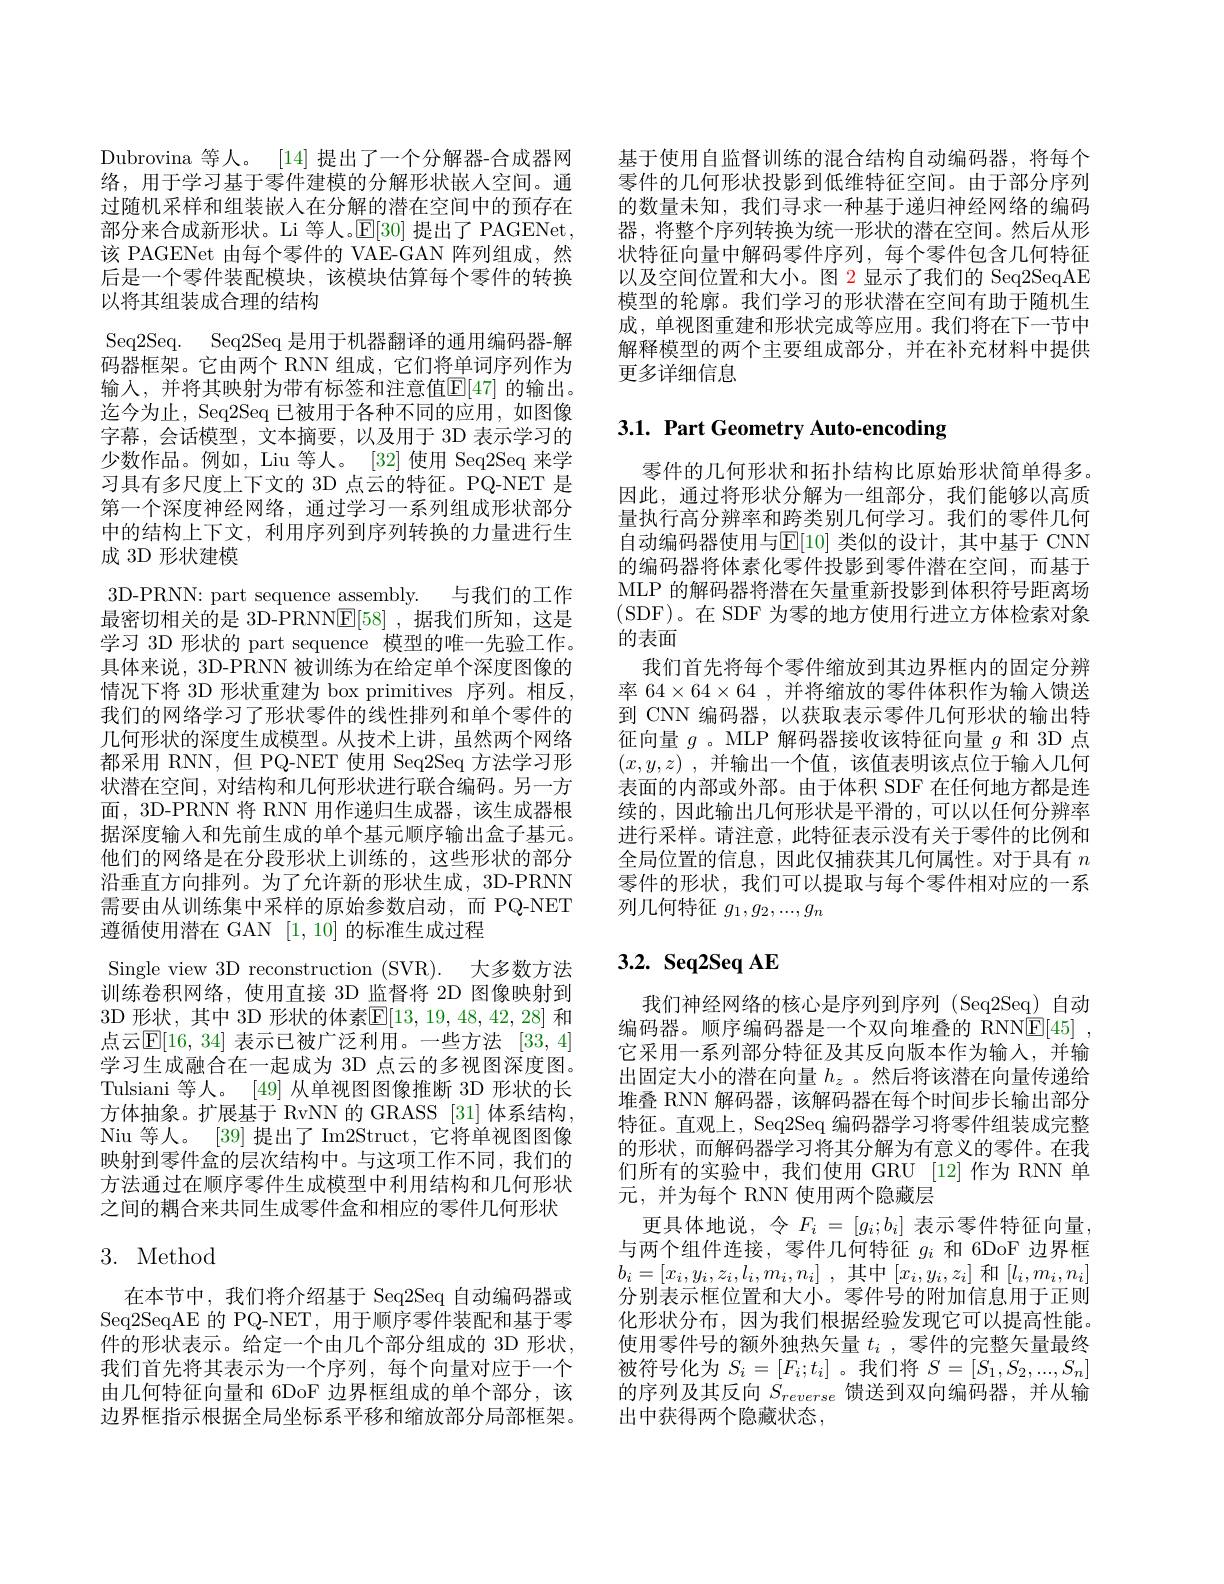
Dubrovina 等人。[14]提出了一个分解器-合成器网络，用于学习基于零件建模的分解形状嵌人空间。通过随机采样和组装嵌入在分解的潜在空间中的预存在部分来合成新形状。Li 等人。$\mathbb{E}[30]$提出了 PAGENet, 该 PAGENet 由每个零件的 VAE-GAN 阵列组成，然后是一个零件装配模块，该模块估算每个零件的转换以将其组装成合理的结构
Seq2Seq. Seq2Seq 是用于机器翻译的通用编码器-解码器框架。它由两个 RNN 组成，它们将单词序列作为输入，并将其映射为带有标签和注意值[E[47]的输出。迄今为止，Seq2Seq 已被用于各种不同的应用，如图像字幕，会话模型，文本摘要，以及用于 3D 表示学习的少数作品。例如，Liu 等人。[32] 使用 Seq2Seq 来学习具有多尺度上下文的 3D 点云的特征。PQ-NET 是第一个深度神经网络，通过学习一系列组成形状部分中的结构上下文，利用序列到序列转换的力量进行生成 3D 形状建模
3D-PRNN: part sequence assembly. 与我们的工作最密切相关的是 3D-PRNN$\mathbb{E}[58]$ ,据我们所知，这是学习 3D 形状的 part sequence 模型的唯一先验工作。具体来说，3D-PRNN 被训练为在给定单个深度图像的情况下将 3D 形状重建为 box primitives 序列。相反， 我们的网络学习了形状零件的线性排列和单个零件的几何形状的深度生成模型。从技术上讲，虽然两个网络都采用 RNN,但 PQ-NET 使用 Seq2Seq 方法学习形状潜在空间，对结构和几何形状进行联合编码。另一方面，3D-PRNN 将 RNN 用作递归生成器，该生成器根据深度输入和先前生成的单个基元顺序输出盒子基元。他们的网络是在分段形状上训练的，这些形状的部分沿垂直方向排列。为了允许新的形状生成，3D-PRNN 需要由从训练集中采样的原始参数启动，而 PQ-NET 遵循使用潜在 GAN [1,10]的标准生成过程
Single view 3D reconstruction (SVR). 大多数方法训练卷积网络，使用直接 3D 监督将 2D 图像映射到3D 形状，其中 3D 形状的体素$\overline{\mathbb{E}}[13,19,48,42,28]$ 和点云$\mathbb{E}[16$, 34] 表示已被广泛利用。一些方法 [33,4] 学习生成融合在一起成为 3D 点云的多视图深度图。Tulsiani 等人。[49] 从单视图图像推断 3D 形状的长方体抽象。扩展基于 RvNN 的 GRASS [31] 体系结构， $\operatorname { \text{Niu 等 人 。}}$ $[ 39] \operatorname { \text{提 出 了 }} \operatorname { \mathrm{Im2Struct}} $,它将单视图图像映射到零件盒的层次结构中。与这项工作不同，我们的方法通过在顺序零件生成模型中利用结构和几何形状之间的耦合来共同生成零件盒和相应的零件几何形状

## 3. Method

在本节中，我们将介绍基于 Seq2Seq 自动编码器或Seq2SeqAE 的 PQ-NET, 用于顺序零件装配和基于零件的形状表示。给定一个由几个部分组成的 3D 形状， 我们首先将其表示为一个序列，每个向量对应于一个由几何特征向量和 6DoF 边界框组成的单个部分，该边界框指示根据全局坐标系平移和缩放部分局部框架。

基于使用自监督训练的混合结构自动编码器，将每个零件的几何形状投影到低维特征空间。由于部分序列的数量未知，我们寻求一种基于递归神经网络的编码器，将整个序列转换为统一形状的潜在空间。然后从形状特征向量中解码零件序列，每个零件包含几何特征以及空间位置和大小。图 2 显示了我们的 Seq2SeqAE 模型的轮廓。我们学习的形状潜在空间有助于随机生成，单视图重建和形状完成等应用。我们将在下一节中解释模型的两个主要组成部分，并在补充材料中提供更多详细信息

# 3.1. Part Geometry Auto-encoding

零件的几何形状和拓扑结构比原始形状简单得多。因此，通过将形状分解为一组部分，我们能够以高质量执行高分辨率和跨类别几何学习。我们的零件几何自动编码器使用与$\mathbb{E}[10]$ 类似的设计，其中基于 CNN 的编码器将体素化零件投影到零件潜在空间，而基于MLP 的解码器将潜在矢量重新投影到体积符号距离场(SDF)。在 SDF 为零的地方使用行进立方体检索对象的表面
我们首先将每个零件缩放到其边界框内的固定分辨率 64$\times64\times64$,并将缩放的零件体积作为输入馈送到 CNN 编码器，以获取表示零件几何形状的输出特征向量$g$。MLP 解码器接收该特征向量$g$和 3D 点$( x, y, z)$ ,并输出一个值，该值表明该点位于输人几何表面的内部或外部。由于体积 SDF 在任何地方都是连续的，因此输出几何形状是平滑的，可以以任何分辨率进行采样。请注意，此特征表示没有关于零件的比例和全局位置的信息，因此仅捕获其几何属性。对于具有$n$ 零件的形状，我们可以提取与每个零件相对应的一系列几何特征$g_1,g_2,...,g_n$

# $3.2.~{\textbf{Seq}2}$Seq AE

我们神经网络的核心是序列到序列 (Seq2Seq) 自动编码器。顺序编码器是一个双向堆叠的 RNNE[45] , 它采用一系列部分特征及其反向版本作为输入，并输出固定大小的潜在向量$h_z$ 。然后将该潜在向量传递给堆叠 RNN 解码器，该解码器在每个时间步长输出部分特征。直观上，Seq2Seq 编码器学习将零件组装成完整的形状，而解码器学习将其分解为有意义的零件。在我们所有的实验中，我们使用 GRU [12]作为 RNN 单元，并为每个 RNN 使用两个隐藏层
更具体地说，令$F_i=[g_i;b_i]$表示零件特征向量， 与两个组件连接，零件几何特征$g_i$和 6DoF 边界框$b_i= [ x_i, y_i, z_i, l_i, m_i, n_i]$ ,其中$[x_i,y_i,z_i]$ 和$[l_i,m_i,n_i]$ 分别表示框位置和大小。零件号的附加信息用于正则化形状分布，因为我们根据经验发现它可以提高性能。使用零件号的额外独热矢量$t_i$ ,零件的完整矢量最终被符号化为$S_i=[F_i;t_i]$ 。我们将$S=[S_1,S_2,...,S_n]$ 的序列及其反向$S_{reverse}$馈送到双向编码器，并从输出中获得两个隐藏状态，